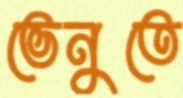
ভেনুতে